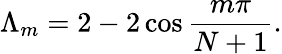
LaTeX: \Lambda_{m}=2-2\cos\frac{m\pi}{N+1}.